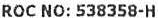
ROC NO: 538358-H